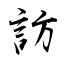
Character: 訪